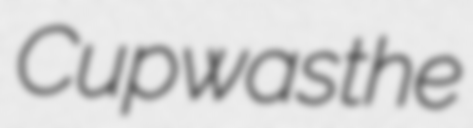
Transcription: Cup was the